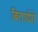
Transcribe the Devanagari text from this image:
बितायेंगे